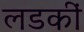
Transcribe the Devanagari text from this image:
लडकीं